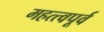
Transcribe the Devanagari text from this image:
महत्त्वपूर्व